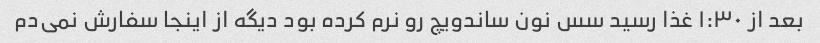
بعد از ١:٣٠ غذا رسید سس نون ساندویچ رو نرم کرده بود دیگه از اینجا سفارش نمی‌دم